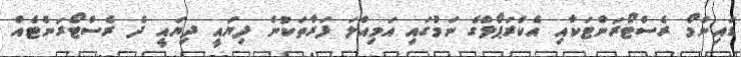
ޑައިންމޯ ރެސްޓޯރަންޓަކާއި އެކްރަޕޯލްގެ ނަމުގައި އަމިއްލަ ފަރާތަކުން ދިޔައީ ދިޔައީ ދެ ރެސްޓޯރަންޓެއް